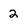
Character: 2